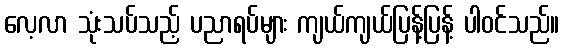
လေ့လာ သုံးသပ်သည့် ပညာရပ်များ ကျယ်ကျယ်ပြန့်ပြန့် ပါဝင်သည်။